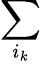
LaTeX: \sum_{i_{k}}